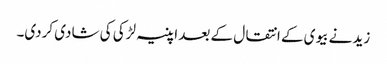
زید نے بیوی کے انتقال کے بعد اپنیہ لڑکی کی شادی کردی۔